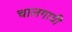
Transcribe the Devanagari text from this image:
चालगायी